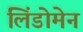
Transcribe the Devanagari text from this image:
लिंडोमेन